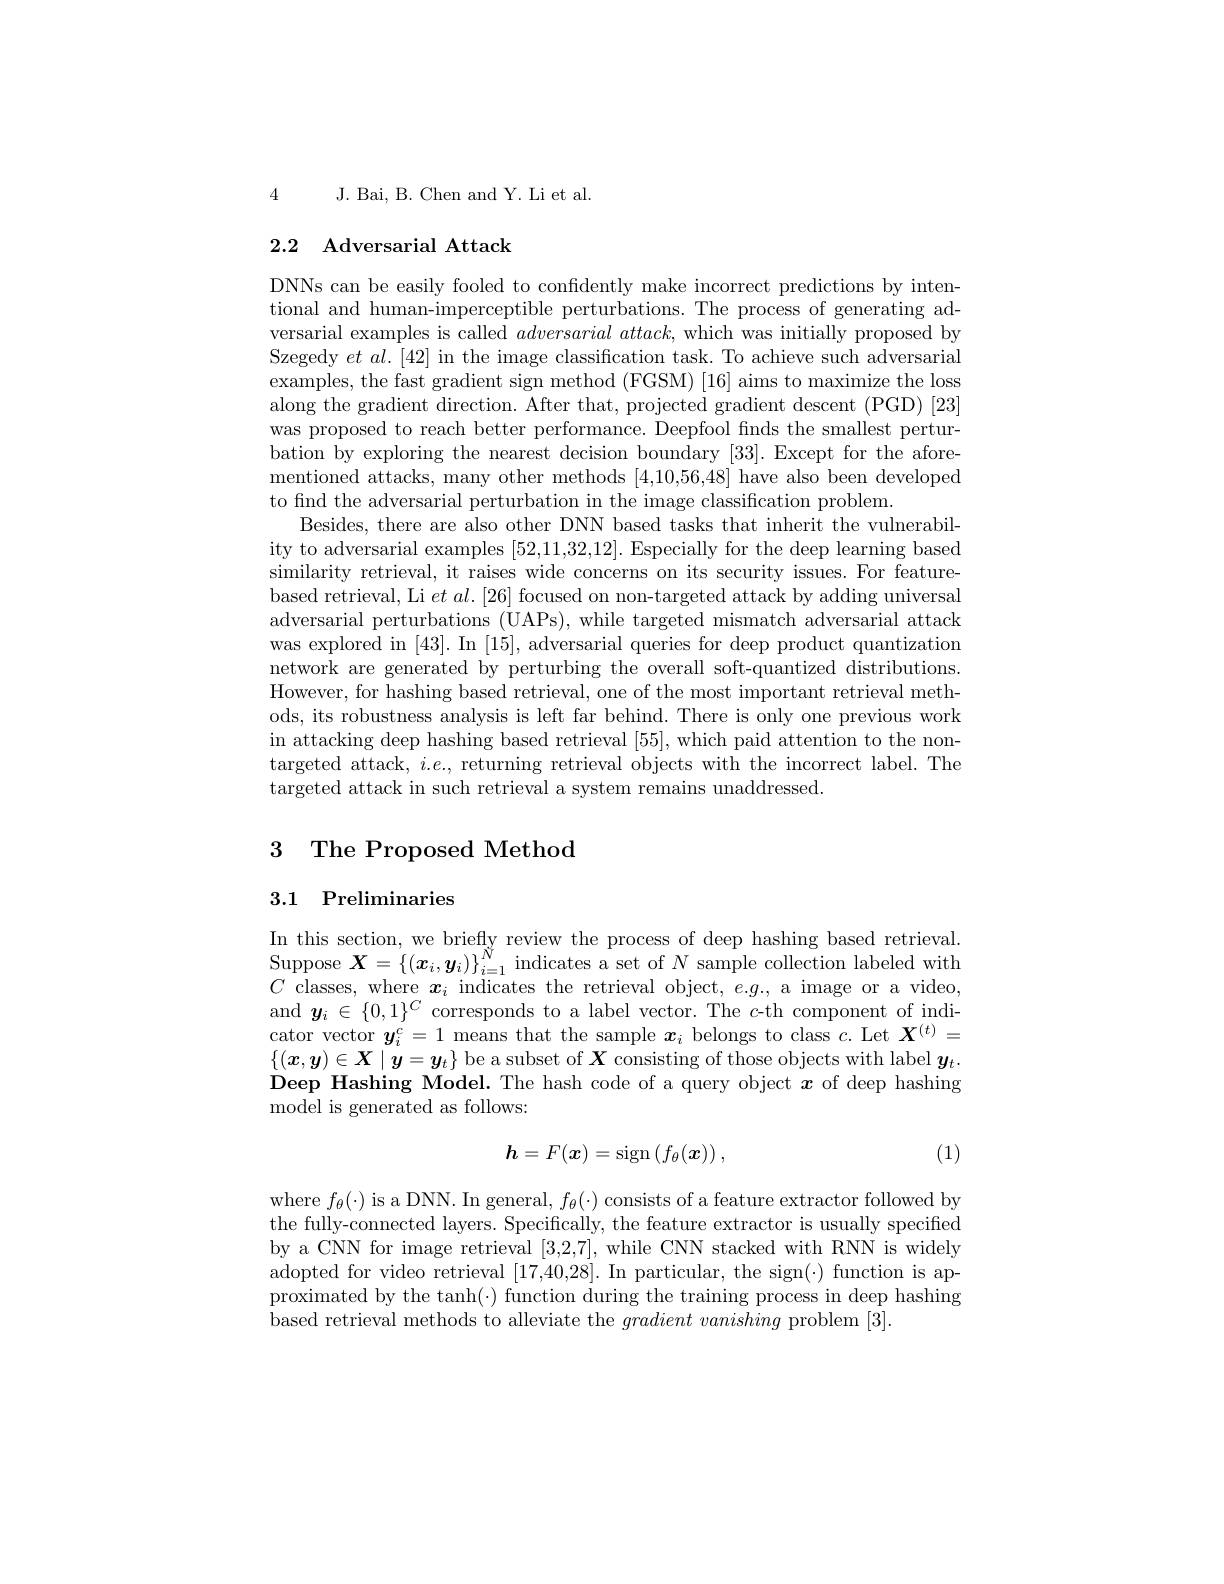
4

J. Bai, B. Chen and Y. Li et al.

# 2.2 Adversarial Attack

DNNs can be easily fooled to confidently make incorrect predictions by intentional and human-imperceptible perturbations. The process of generating adversarial examples is called adversarial $attack$, which was initially proposed by Szegedy $et$ $al.[42]$ in the image classification task. To achieve such adversarial examples, the fast gradient sign method (FGSM) [16] aims to maximize the loss along the gradient direction. After that, projected gradient descent (PGD) [23] was proposed to reach better performance. Deepfool finds the smallest perturbation by exploring the nearest decision boundary [33]. Except for the aforementioned attacks, many other methods [4,10,56,48] have also been developed to find the adversarial perturbation in the image classification problem.
Besides, there are also other DNN based tasks that inherit the vulnerability to adversarial examples [52,11,32,12]. Especially for the deep learning based similarity retrieval, it raises wide concerns on its security issues. For featurebased retrieval, Li $etal.[26]$ focused on non-targeted attack by adding universal adversarial perturbations (UAPs), while targeted mismatch adversarial attack was explored in [43]. In [15], adversarial queries for deep product quantization network are generated by perturbing the overall soft-quantized distributions. However, for hashing based retrieval, one of the most important retrieval methods, its robustness analysis is left far behind. There is only one previous work in attacking deep hashing based retrieval [55], which paid attention to the nontargeted attack, $i.e.$, returning retrieval objects with the incorrect label.The targeted attack in such retrieval a system remains unaddressed.

## 3 The Proposed Method

## 3.1 Preliminaries

In this section, we briefly review the process of deep hashing based retrieval. $\begin{array}{l}{\mathrm{Suppose~}\boldsymbol{X}=\left\{(\boldsymbol{x}_{i},\boldsymbol{y}_{i})\right\}_{i=1}^{N}\text{indicates a set of }N\text{ sample collection labeled with}}\\{C\text{ classes, where }\boldsymbol{x}_{i}\text{ indicates the retrieval object, }e.g.,\text{ a image or a video,}}\\{C\text{ classes, where }\boldsymbol{x}_{i}\text{ indicates the retriev}}\end{array}$ and $\boldsymbol y_i\in\{0,1\}^C$ corresponds to a label vector. The $c$-th component of indicator vector $\boldsymbol{y}_i^c=1$ means that the sample $\boldsymbol x_i$ belongs to class $c.$ Let $\boldsymbol{X}^(t)=$ $\{(x,y)\in X\mid y=y_t\}$ be a subset of $\boldsymbol{X}$ consisting of those objects with label $\boldsymbol{y}_t.$ Deep Hashing Model. The hash code of a query object $\boldsymbol x$ of deep hashing model is generated as follows:
$$\boldsymbol{h}=F(\boldsymbol{x})=\mathrm{sign}\left(f_\theta(\boldsymbol{x})\right),$$
(1)

where $f_\theta(\cdot)$ is a DNN. In general, $f_\theta(\cdot)$ consists of a feature extractor followed by the fully-connected layers. Specifically, the feature extractor is usually specified by a CNN for image retrieval [3,2,7], while CNN stacked with RNN is widely adopted for video retrieval [17,40,28]. In particular, the sign(-) function is approximated by the tanh(·) function during the training process in deep hashing based retrieval methods to alleviate the $gradient\textit{vanishing problem [ 3] }.$